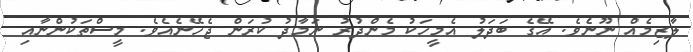
ލާޒިމެއް ނޫނެވެ. އޭގެ ބަދަލު އެމީހަކު މެންދުރު ނަމާދު ކުރަން ޖެހޭނެއެވެ. މީސްތަކުންނާއި